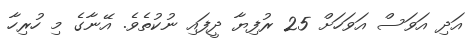
އަދި އަވަސް އަވަހަށް 25 ރުފިޔާ ދީފައި ނުކުތެވެ. އޭނާގެ މި ހުރިހާ